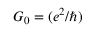
G _ { 0 } = ( e ^ { 2 } / \hbar )